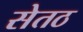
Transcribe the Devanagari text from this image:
सेतठ